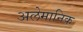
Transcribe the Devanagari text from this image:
अलेमानिक